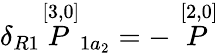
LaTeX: \delta_{R1}\stackrel{[3,0]}{P}_{1a_{2}}=-\stackrel{[2,0]}{P}